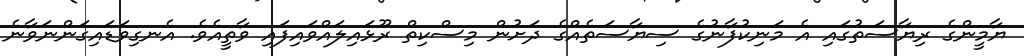
ޔާމީންގެ ރިޔާސަތުގައި އެ މަނިކުފާނުގެ ސިޔާސަތެއްގެ ދަށުން މިސްކިތް ރޫޅައިލައްވައިފައި ވާތީއެވެ. އެނގިވަޑައިގަންނަވާނެ